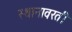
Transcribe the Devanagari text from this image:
स्थानावरती